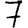
Digit: 7